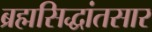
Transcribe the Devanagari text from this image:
ब्रह्मसिद्धांतसार